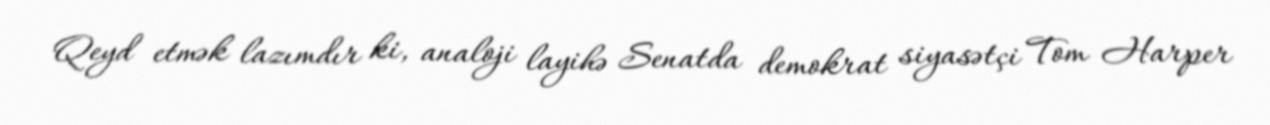
Qeyd etmək lazımdır ki, analoji layihə Senatda demokrat siyasətçi Tom Harper